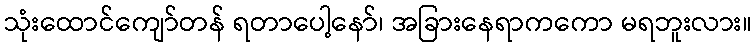
သုံးထောင်ကျော်တန် ရတာပေါ့နော်၊ အခြားနေရာကကော မရဘူးလား။